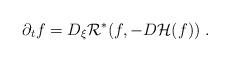
LaTeX: \begin{align*}\partial_{t}f = D_{\xi}\mathcal R^{*}(f, -D\mathcal H(f))\;.\end{align*}